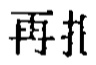
再打